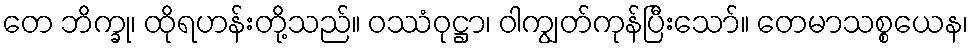
တေ ဘိက္ခု၊ ထိုရဟန်းတို့သည်။ ဝဿံဝုဋ္ဌာ၊ ဝါကျွတ်ကုန်ပြီးသော်။ တေမာသစ္စယေန၊